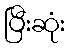
ပြီးဆုံး